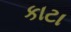
કાટા